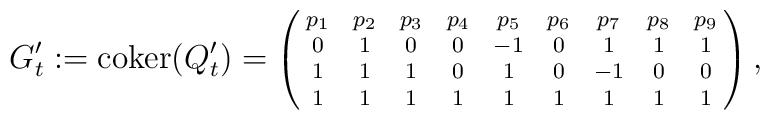
{\scriptsize	G'_t := {\rm coker}(Q'_t) = \left(	\matrix{p_1 & p_2 & p_3 & p_4 & p_5 & p_6 & p_7 & p_8 & p_9 \cr		0 & 1 & 0 & 0 & -1 & 0 & 1 & 1 & 1 \cr		1 & 1 & 1 & 0 & 1 & 0 & -1 & 0 & 0 \cr		1 & 1 & 1 & 1 & 1 & 1 & 1 & 1 & 1 \cr}	\right),	}